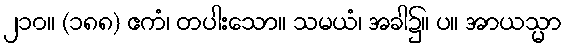
၂၁၀။ (၁၈၈) ဧကံ၊ တပါးသော။ သမယံ၊ အခါ၌။ ပ။ အာယသ္မာ